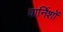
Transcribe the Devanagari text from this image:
वार्निशों